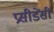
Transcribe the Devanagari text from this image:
प्रसीडेंसी